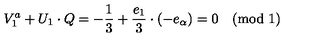
V _ { 1 } ^ { a } + U _ { 1 } \cdot Q = - { \frac { 1 } { 3 } } + { \frac { e _ { 1 } } { 3 } } \cdot ( - e _ { \alpha } ) = 0 \pmod { 1 }